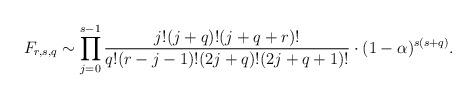
LaTeX: \begin{align*}F_{r,s,q}\sim\prod_{j=0}^{s-1}\frac{j!(j+q)! (j+q+r)!}{q!(r-j-1)!(2j+q)!(2j+q+1)!}\cdot (1-\alpha)^{s(s+q)}.\end{align*}